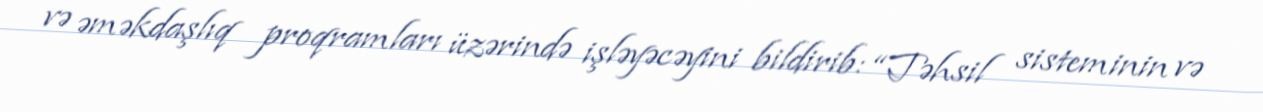
və əməkdaşlıq proqramları üzərində işləyəcəyini bildirib: “Təhsil sisteminin və